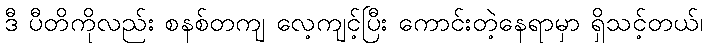
ဒီ ပီတိကိုလည်း စနစ်တကျ လေ့ကျင့်ပြီး ကောင်းတဲ့နေရာမှာ ရှိသင့်တယ်၊